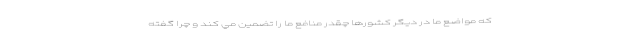
كه مواضع ما در ديگر كشورها چقدر منافع ما را تضمين مي كند و چرا گفته